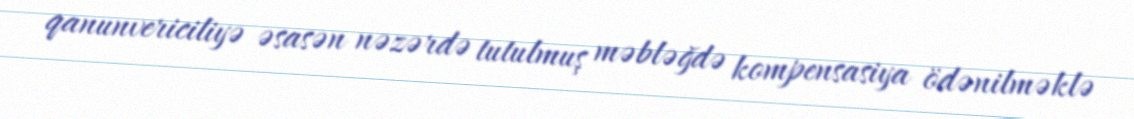
qanunvericiliyə əsasən nəzərdə tutulmuş məbləğdə kompensasiya ödənilməklə